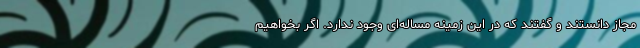
مجاز دانستند و گفتند که در این زمینه مساله‌ای وجود ندارد. اگر بخواهیم